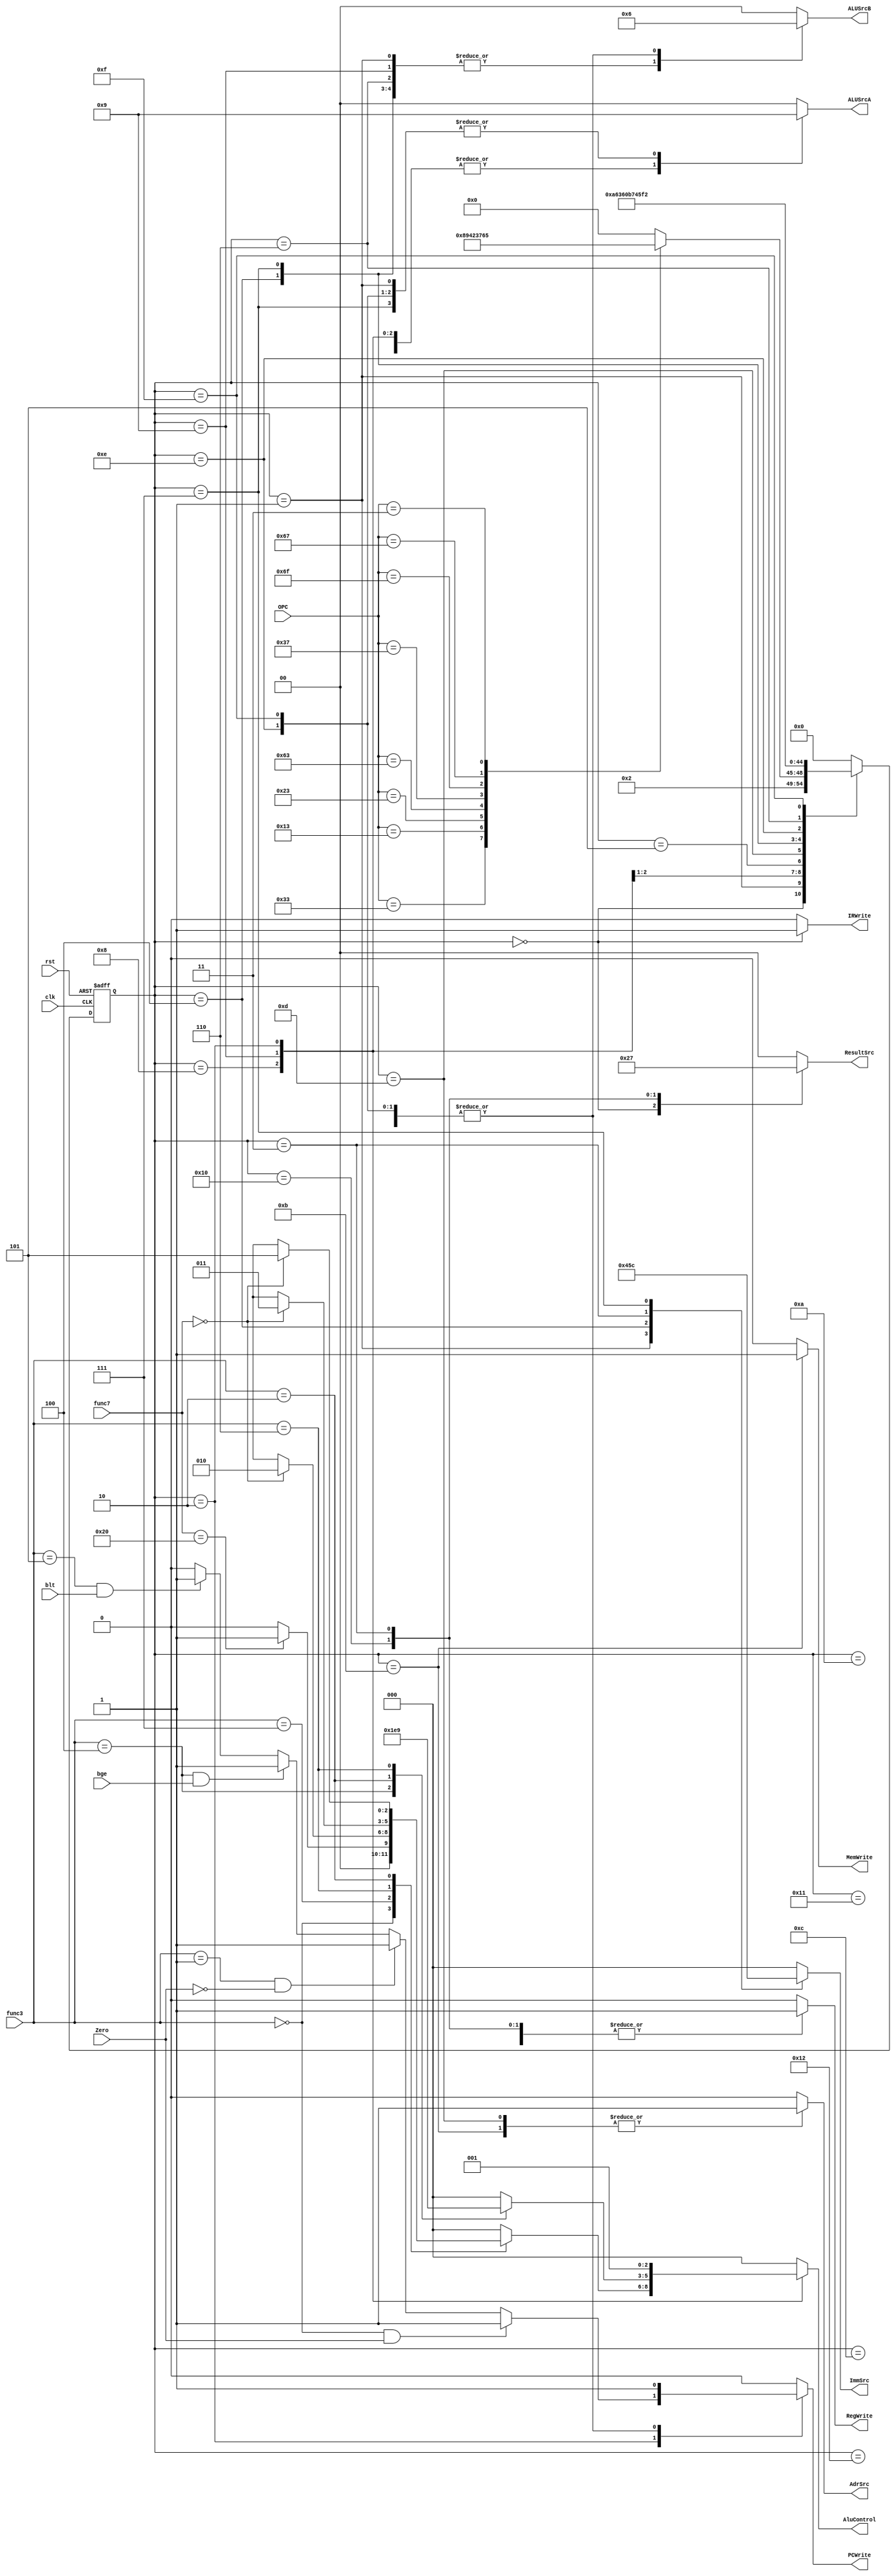
`timescale 1ns/1ns

module Controller (
  input clk,rst,
  input [6:0] OPC,
  input [2:0] func3,
  input [6:0] func7,
  input Zero,blt,bge,
  output reg RegWrite,
  output reg MemWrite,
  output reg [1:0]ALUSrcA,
  output reg [1:0]ALUSrcB,
  output reg IRWrite,
  output reg AdrSrc,
  output reg [1:0] ResultSrc,
  output reg [2:0] AluControl,
  output reg [2:0] ImmSrc,
  output reg PCWrite
);
reg branchEq,branchNe,branchge,branchlt;
 reg [4:0] ns, ps;
  parameter [4:0] IF = 0, ID = 1, Btype= 2,lui= 3,Sw = 4, lw= 5,jalr = 6,  jal= 7,Rtype=8,Itype=9,
                    mem1=10,mem2=11,mem3=12,mem4=13,mem5=14,mem6=15,wb1=16,wb2=17,wb3=18;
  always@* begin
    RegWrite   = 1'b0;
    MemWrite   = 1'b0;
    ALUSrcA    = 2'b00;
    ALUSrcB    = 2'b00;
    ResultSrc  = 2'b00;
    AluControl = 3'b000;
    ImmSrc     = 3'b000;
    PCWrite    = 1'b0;
    branchEq   = 1'b0;
    branchNe   = 1'b0;
    branchge   = 1'b0;
    branchlt   = 1'b0;
    AdrSrc     = 1'b0;
    IRWrite    = 1'b0;

    ns = IF;
    case(ps)
      IF :begin
         ns = ID;
         IRWrite=1'b1;
         ALUSrcA=2'b00;
         ALUSrcB=2'b10;
         AluControl=3'b000;
         ResultSrc=2'b10;
         PCWrite=1'b1;
      end

      ID :begin
        ALUSrcA=2'b01;
        ALUSrcB=2'b01;
        AluControl=3'b000;
        ImmSrc=3'b010;
        case(OPC)
          7'b0110011 : ns = Rtype;
          7'b0010011 : ns = Itype;
          7'b0100011 : ns = Sw;
          7'b1100011 : ns = Btype;
          7'b0110111 : ns = lui;
          7'b1101111 : ns = jal;
          7'b1100111 : ns = jalr;
          7'b0000011 : ns = lw;
        endcase
      end

      Rtype:begin 
        ns = mem1;
        ALUSrcA=2'b10;
        ALUSrcB=2'b00;
        case (func3)
          3'b000: begin
            case (func7)
              7'b0000000: AluControl = 3'b000; // ADD
              7'b0100000: AluControl = 3'b001; // SUB
            endcase
            end
          3'b111: AluControl = (func7==7'b0000000)?3'b010:3'bx;//And
          3'b110: AluControl = (func7==7'b0000000)?3'b011:3'bx;//or
          3'b010: AluControl = (func7==7'b0000000)?3'b101:3'bx;//slt
          
        endcase
      end
      
      mem1:begin 
        ResultSrc=2'b00;
        RegWrite=1'b1;
      end

      Itype:begin 
        ns=mem3;
        ALUSrcA=2'b10;
        ALUSrcB=2'b01;
	      ImmSrc=3'b000;
        case(func3)
          3'b000: AluControl = 3'b000;//addi
          3'b100: AluControl = 3'b111;//xori
          3'b010: AluControl = 3'b101;//slti
          3'b110: AluControl = 3'b001;//ori 
        endcase
      end

      lw : begin 
        ns=mem4;
        ALUSrcA=2'b10;
        ALUSrcB=2'b01;
        AluControl = 3'b000;
        ImmSrc=3'b000;
      end
        
      mem3 :begin 
        ns=IF;
        RegWrite=1'b1;
        ResultSrc=2'b00;
      end

      mem4 :begin 
        ns=wb1;
        ResultSrc=2'b00;
        AdrSrc=1'b1;
      end

      wb1 :begin 
        ns=IF;
        ResultSrc=2'b01;
        RegWrite=1'b1;
      end

      Sw : begin 
        ns=mem2;
        ImmSrc=3'b001;
        AluControl = 3'b000;
        ALUSrcA=2'b10;
        ALUSrcB=2'b01;
      end

      mem2 :begin 
        ns=IF;
        MemWrite=1'b1;
        ResultSrc=2'b00;
        AdrSrc=1'b1;
      end

      Btype : begin //BTYPE
        ns=IF;
        ALUSrcA=2'b10;
        ALUSrcB=2'b00;
        AluControl = 3'b001;
        ResultSrc=2'b00;
        PCWrite=(func3==3'b000 && Zero==1'b1)?1'b1:
	            (func3==3'b001 && Zero==1'b0)?1'b1:
              (func3==3'b100 && bge==1'b1)?1'b1:
              (func3==3'b101 && blt==1'b1)?1'b1:1'b0;
      end

      lui :begin
        ns = IF;
        ResultSrc=2'b11;
        ImmSrc=3'b011;
        RegWrite=1'b1;
      end

      jal :begin
        ns = mem5;
        ALUSrcA=2'b01;
        ALUSrcB=2'b01;
        AluControl = 3'b000;
        ImmSrc=3'b100;
      end

      mem5:begin
        ns = wb2;
        ResultSrc=2'b00;
        ALUSrcA=2'b01;
        ALUSrcB=2'b10;
        AluControl=3'b000;
        PCWrite=1'b1;
      end

      wb2 :begin 
        ns=IF;
        ResultSrc=2'b00;
        RegWrite=1'b1;
      end

      jalr :begin
        ns = mem6;
        ALUSrcA=2'b10;
        ALUSrcB=2'b01;
        AluControl = 3'b000;
        ImmSrc=3'b000;
      end

      mem6:begin
        ns = wb3;
        ResultSrc=2'b00;
        ALUSrcA=2'b01;
        ALUSrcB=2'b10;
        AluControl=3'b000;
        PCWrite=1'b1;
      end

      wb3 :begin 
        ns=IF;
        ResultSrc=2'b00;
        RegWrite=1'b1;
      end 

    endcase
  end

  always@(posedge clk, posedge rst)begin
    if(rst)
      ps <= IF;
    else
      ps <= ns;
  end
  
endmodule